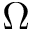
\Omega